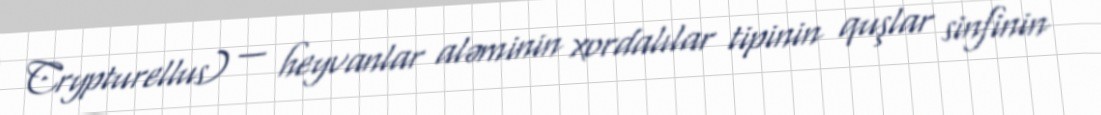
Crypturellus) — heyvanlar aləminin xordalılar tipinin quşlar sinfinin